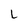
Character: L